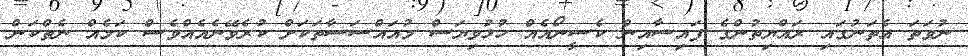
ނުވަތަ އެތަނުގައި ރައްޔިތުންގެ ފައިސާއިން ކެސީނޯއެއް ހުޅުވިޔަސް މުއައްސަސާތަކަށް ކުރެވޭނެއެއްވެސް ކަމެއް ނެތްކަން